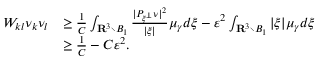
\begin{array} { r l } { W _ { k l } \nu _ { k } \nu _ { l } } & { \geq \frac { 1 } { C } \int _ { \mathbf R ^ { 3 } \setminus B _ { 1 } } \frac { | P _ { \xi ^ { \perp } } \nu | ^ { 2 } } { | \xi | } \mu _ { \gamma } d \xi - \varepsilon ^ { 2 } \int _ { \mathbf R ^ { 3 } \setminus B _ { 1 } } | \xi | \mu _ { \gamma } d \xi } \\ & { \geq \frac { 1 } { C } - C \varepsilon ^ { 2 } . } \end{array}